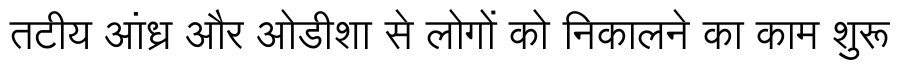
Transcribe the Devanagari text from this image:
तटीय आंध्र और ओडीशा से लोगों को निकालने का काम शुरू